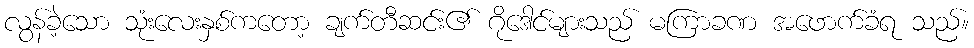
လွန်ခဲ့သော သုံးလေးနှစ်ကတော့ ချက်တီဆင်း၏ ဂိုဒေါင်များသည် မကြာခဏ အဖောက်ခံရ သည်။